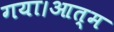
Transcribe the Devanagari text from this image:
गया।आत्म